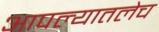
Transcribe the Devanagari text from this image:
आपल्यातलेच